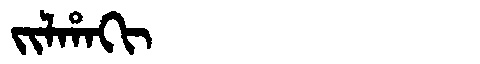
Manchu: ᠵᡳᠯᡥᠠᡴᡳ
Romanization: JILHAKI